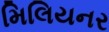
મિલિયનર